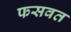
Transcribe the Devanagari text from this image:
फसवत